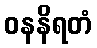
ဝနနိရတံ